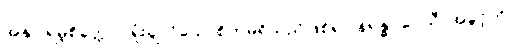
အနုပါရမ္ဘစိတ္တော,၊ ရှုံးချလိုသောစိတ်မရှိသည်ဖြစ်၍။ နရန္ဓဂဝေသီ၊ အခွင့်ကို